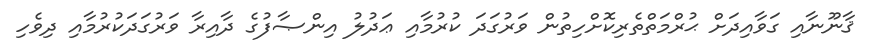
ޤާނޫނާއި ގަވާއިދަށް ޙުރްމަތްތެރިކޮށްހިތުން ވަރުގަދަ ކުރުމާއި ޢަދުލު އިންޞާފުގެ ދާއިރާ ވަރުގަދަކުރުމާއި ދިވެހި